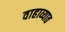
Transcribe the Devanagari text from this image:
वाहाव्यात